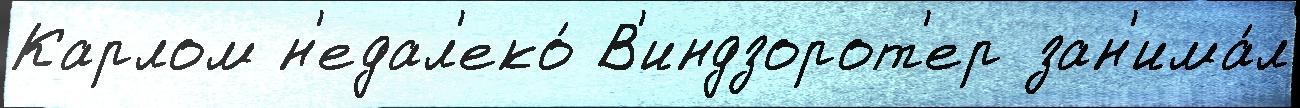
Карлом н'едал'еко́ В'индзорот'ер зан'има́л